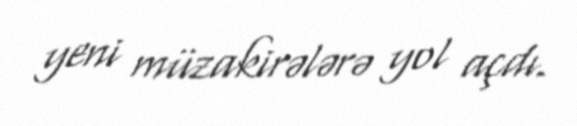
yeni müzakirələrə yol açdı.